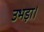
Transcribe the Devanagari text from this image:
उभड़ा।